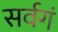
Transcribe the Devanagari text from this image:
सर्वगं